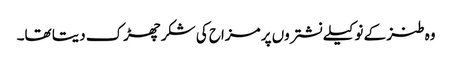
وہ طنز کے نوکیلے نشتروں پر مزاح کی شکر چھڑک دیتا تھا۔